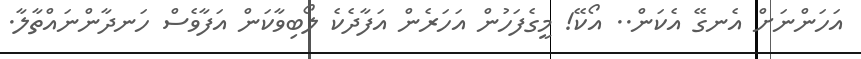
އަހަންނަށް އެނގޭ އެކަން.. އޯކޭ! މީގެފަހުން އަހަރެން އަފާދެކެ ލޯބިވާކަން އަފާވެސް ހަނދާންނައްތާލާ.